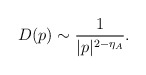
\begin{align*}D(p)\sim\frac{1}{|p|^{2-\eta_A}}.\end{align*}